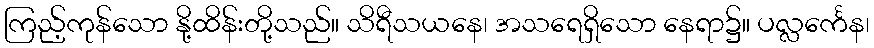
ကြည့်ကုန်သော နို့ထိန်းတို့သည်။ သိရီသယနေ၊ အသရေရှိသော နေရာ၌။ ပလ္လင်္ကေန၊